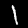
Label: 1